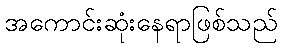
အကောင်းဆုံးနေရာဖြစ်သည်